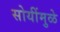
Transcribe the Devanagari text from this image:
सोयींमुळे